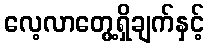
လေ့လာတွေ့ရှိချက်နှင့်